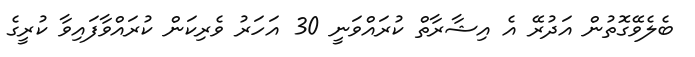
ބެލެވޭގޮތުން އަދުރޭ އެ އިޝާރާތް ކުރައްވަނީ 30 އަހަރު ވެރިކަން ކުރައްވާފައިވާ ކުރީގެ